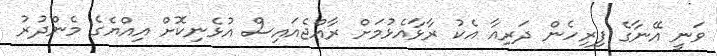
ވަނީ އޭނާގެ ފިރިހެން ދަރިއާ އެކު ރާޅާއެޅުމަށް ރާއްޖެއައިސް އުޅެނިކޮށް އިއްޔެގެ މެންދުރު